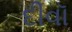
દીવૉ